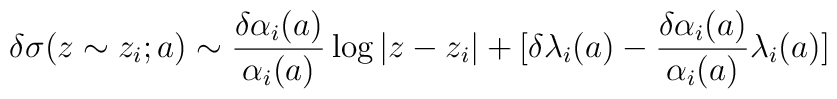
\delta\sigma(z\sim z_i;a) \sim{{\delta\alpha_i(a)}\over{\alpha_i(a)}}\log |z-z_i| + [\delta\lambda_i(a) -{{\delta\alpha_i(a)}\over{\alpha_i(a)}}\lambda_i(a)]